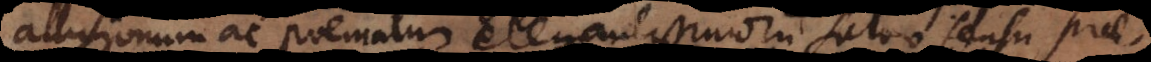
allusionum ac poematum elegantissimorum salvo sensu, prae